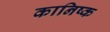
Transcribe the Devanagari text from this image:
कानिष्क